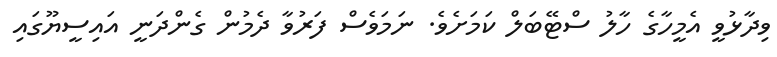
ވިދާޅުވީ އެމީހާގެ ހާލު ސްޓޭބަލް ކަމަށެވެ. ނަމަވެސް ފަރުވާ ދެމުން ގެންދަނީ އައިސީޔޫގައި